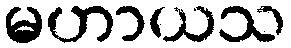
မဟာယသ